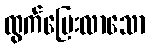
ထွက်ပြေးလာသော